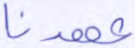
عهدنا